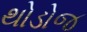
થોડોજ